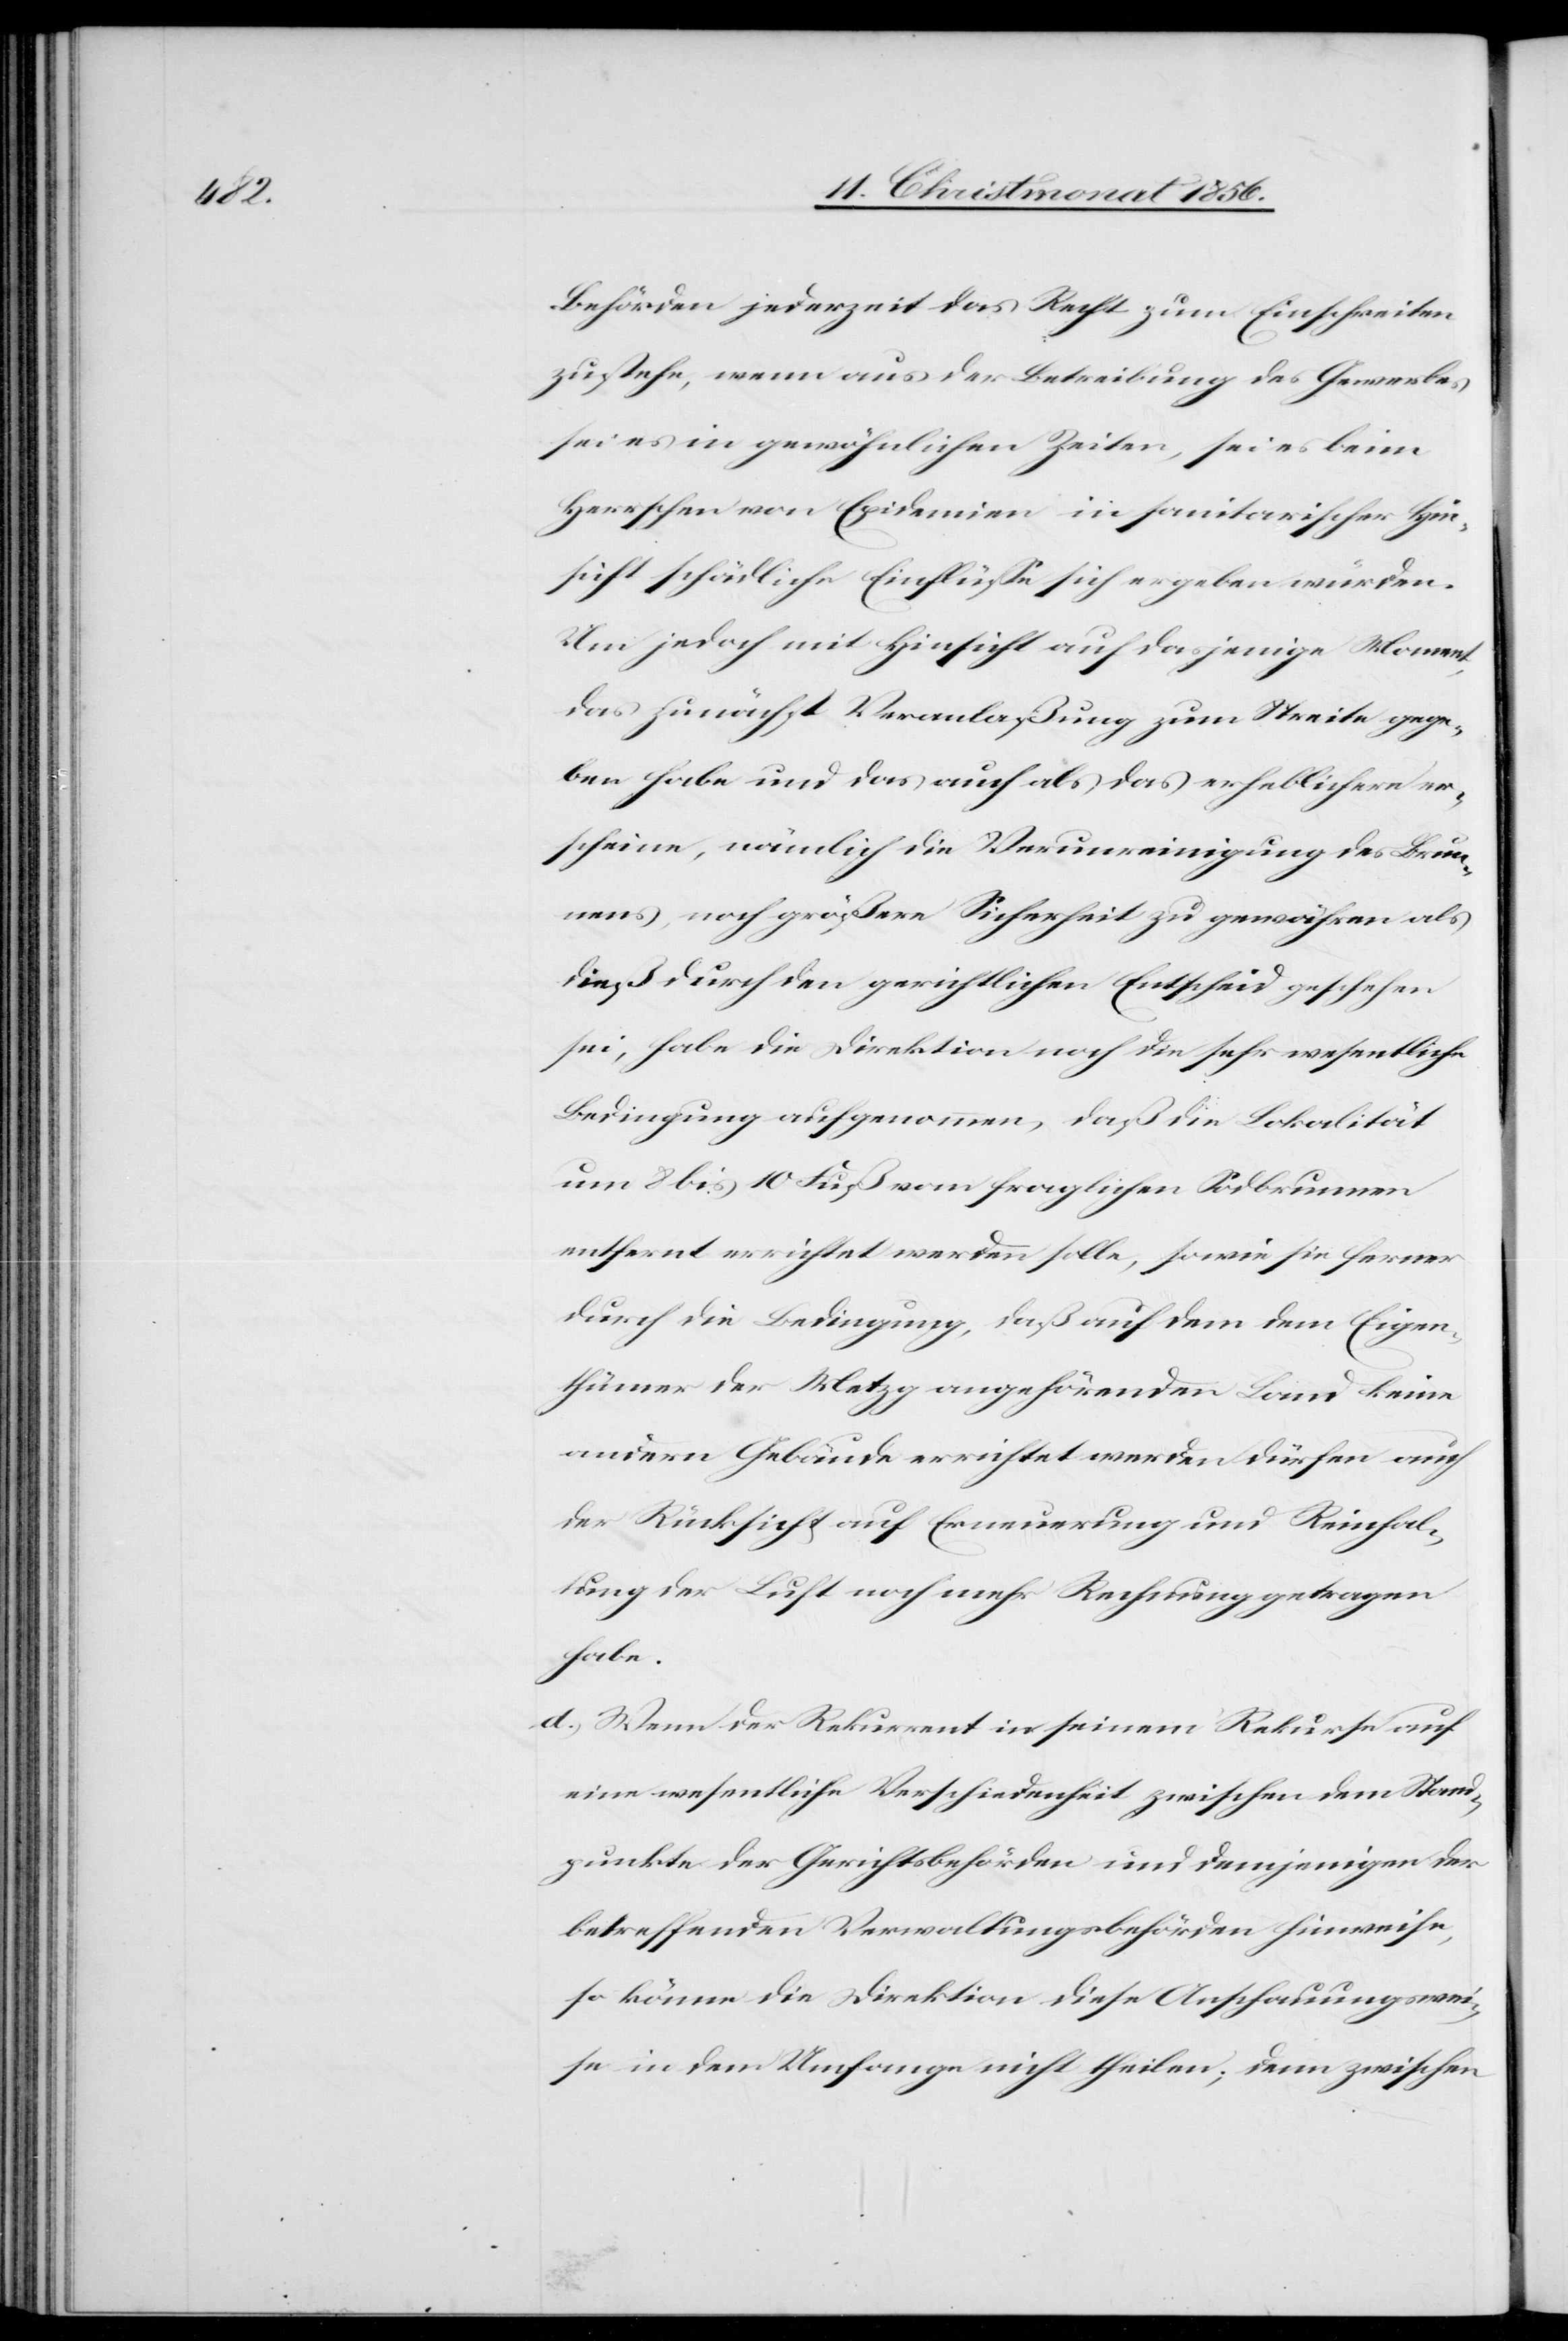
Behörden jederzeit das Recht zum Einschreiten
zustehe, wenn aus der Betreibung des Gewerbes
sei es in gewöhnlichen Zeiten, sei es beim
Herrschen von Epidemien in sanitarischer Hin¬
sicht schädliche Einflüsse sich ergeben würden.
Um jedoch mit Hinsicht auf dasjenige Moment,
das zunächst Veranlaßung zum Streite gege¬
ben habe und das auch als das erheblichere er¬
scheine, nämlich die Verunreinigung des Brun¬
nens, noch größere Sicherheit zu gewähren als
dieß durch den gerichtlichen Entscheid geschehen
sei, habe die Direktion noch die sehr wesentliche
Bedingung aufgenommen, daß die Lokalität
um 8 bis 10 Fuß vom fraglichen Sodbrunnen
entfernt errichtet werden solle, sowie sie ferner
durch die Bedingung, daß auf dem dem Eigen¬
thümer der Metzg angehörenden Land keine
andern Gebäude errichtet werden dürfen auch
der Rücksicht auf Erneuerung und Reinhal¬
tung der Luft noch mehr Rechnung getragen
habe.
d.) Wenn der Rekurrent in seinem Rekurse auf
eine wesentliche Verschiedenheit zwischen dem Stand¬
punkte der Gerichtsbehörden und demjenigen der
betreffenden Verwaltungsbehörden hinweise,
so könne die Direktion diese Anschauungswei¬
se in dem Umfange nicht theilen; denn zwischen